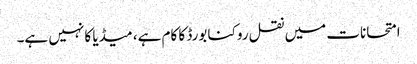
امتحانات میں نقل روکنا بورڈ کا کام ہے، میڈیا کا نہیں ہے۔